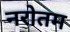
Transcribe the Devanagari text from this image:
नरोतम